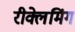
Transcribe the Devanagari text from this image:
रीक्लेमिंग